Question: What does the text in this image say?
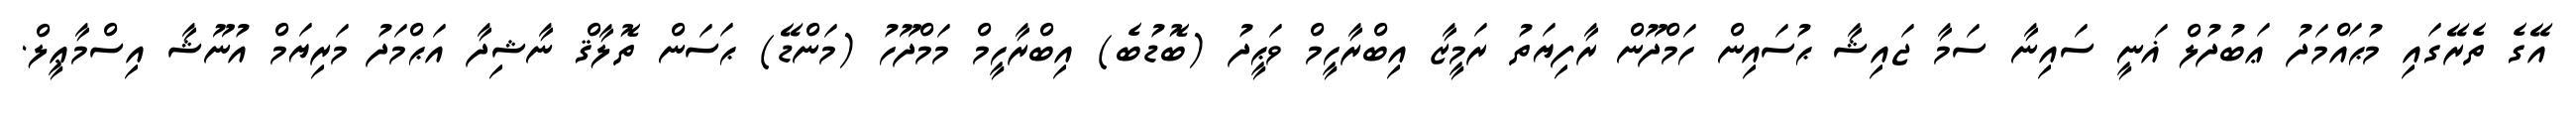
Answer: އޭގެ ތެރޭގައި މުޙައްމަދު ޢަބުދުލް ޣަނީ ސައިނާ ސަމާ ޖައިޝާ ޙުސައިން ހަމްދޫން ރާފިޔަތު ރަމީޒާ އިބްރާހީމް ވަޙީދު (ބޮޑުބެ) އިބްރާހީމް މަމްދޫހު (މަންޑޭ) ޙަސަން ތޮލާޤް ނާޝިދާ އަޙްމަދު މަރިޔަމް އުނޫޝާ އިސްމާޢީލް.